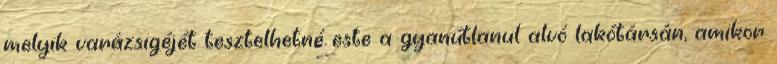
melyik varázsigéjét tesztelhetné este a gyanútlanul alvó lakótársán, amikor